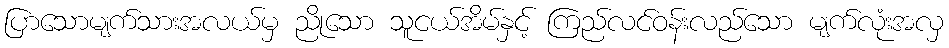
ပြာသောမျက်သားအလယ်မှ ညိုသော သူငယ်အိမ်နှင့် ကြည်လင်ဝန်းလည်သော မျက်လုံးအလှ